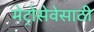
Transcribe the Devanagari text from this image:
मेट्रोसेवेसाठी